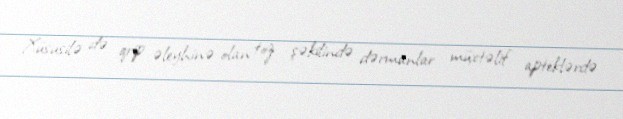
Xüsusilə də qrip əleyhinə olan toz şəkilində dərmanlar müxtəlif apteklərdə